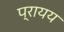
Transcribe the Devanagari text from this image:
प्रायय